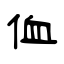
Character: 侐